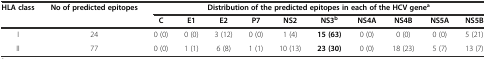
| HLA class | No of predicted epitopes | <COLSPAN=10> Distribution of the predicted epitopes in each of the HCV genea |
 |  |  | C | E1 | E2 | P7 | NS2 | NS3b | NS4A | NS4B | NS5A | NS5B |
 | --- | --- | --- | --- | --- | --- | --- | --- | --- | --- | --- | --- |
 | I | 24 | 0 (0) | 0 (0) | 3 (12) | 0 (0) | 1 (4) | 15(63) | 0 (0) | 0 (0) | 0 (0) | 5 (21) |
 | II | 77 | 0 (0) | 1 (1) | 6 (8) | 1 (1) | 10 (13) | 23(30) | 0 (0) | 18 (23) | 5 (7) | 13 (7) |